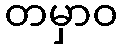
တမှာဝ